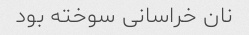
نان خراسانی سوخته بود